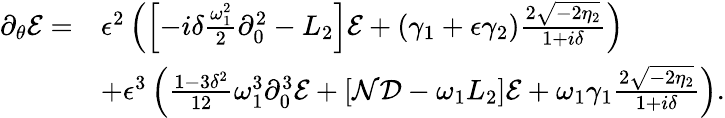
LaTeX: \begin{array}{rl}{\partial_{\theta}\mathcal{E}=}&{\epsilon^{2}\left(\left[-i\delta\frac{\omega_{1}^{2}}{2}\partial_{0}^{2}-L_{2}\right]\mathcal{E}+(\gamma_{1}+\epsilon\gamma_{2})\frac{2\sqrt{-2\eta_{2}}}{1+i\delta}\right)}\\ &{+\epsilon^{3}\left(\frac{1-3\delta^{2}}{12}\omega_{1}^{3}\partial_{0}^{3}\mathcal{E}+[\mathcal{N}\mathcal{D}-\omega_{1}L_{2}]\mathcal{E}+\omega_{1}\gamma_{1}\frac{2\sqrt{-2\eta_{2}}}{1+i\delta}\right).}\end{array}